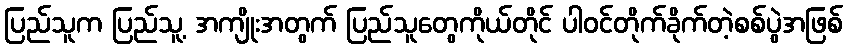
ပြည်သူက ပြည်သူ့ အကျိုးအတွက် ပြည်သူတွေကိုယ်တိုင် ပါဝင်တိုက်ခိုက်တဲ့စစ်ပွဲအဖြစ်